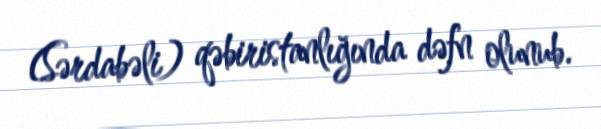
(Sərdabəli) qəbiristanlığında dəfn olunub.